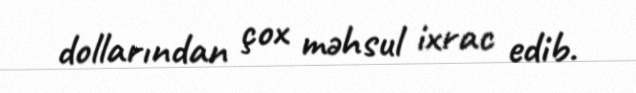
dollarından çox məhsul ixrac edib.